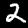
Digit: 2